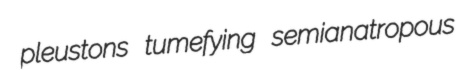
pleustons tumefying semianatropous